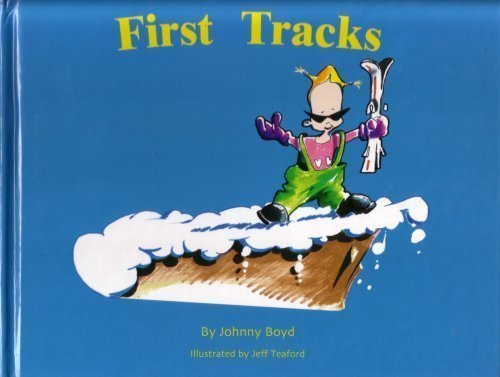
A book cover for First Tracks; Johnny Boyd; Children's Books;